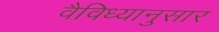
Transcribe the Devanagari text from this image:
वैविध्यानुसार